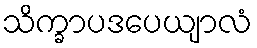
သိက္ခာပဒပေယျာလံ